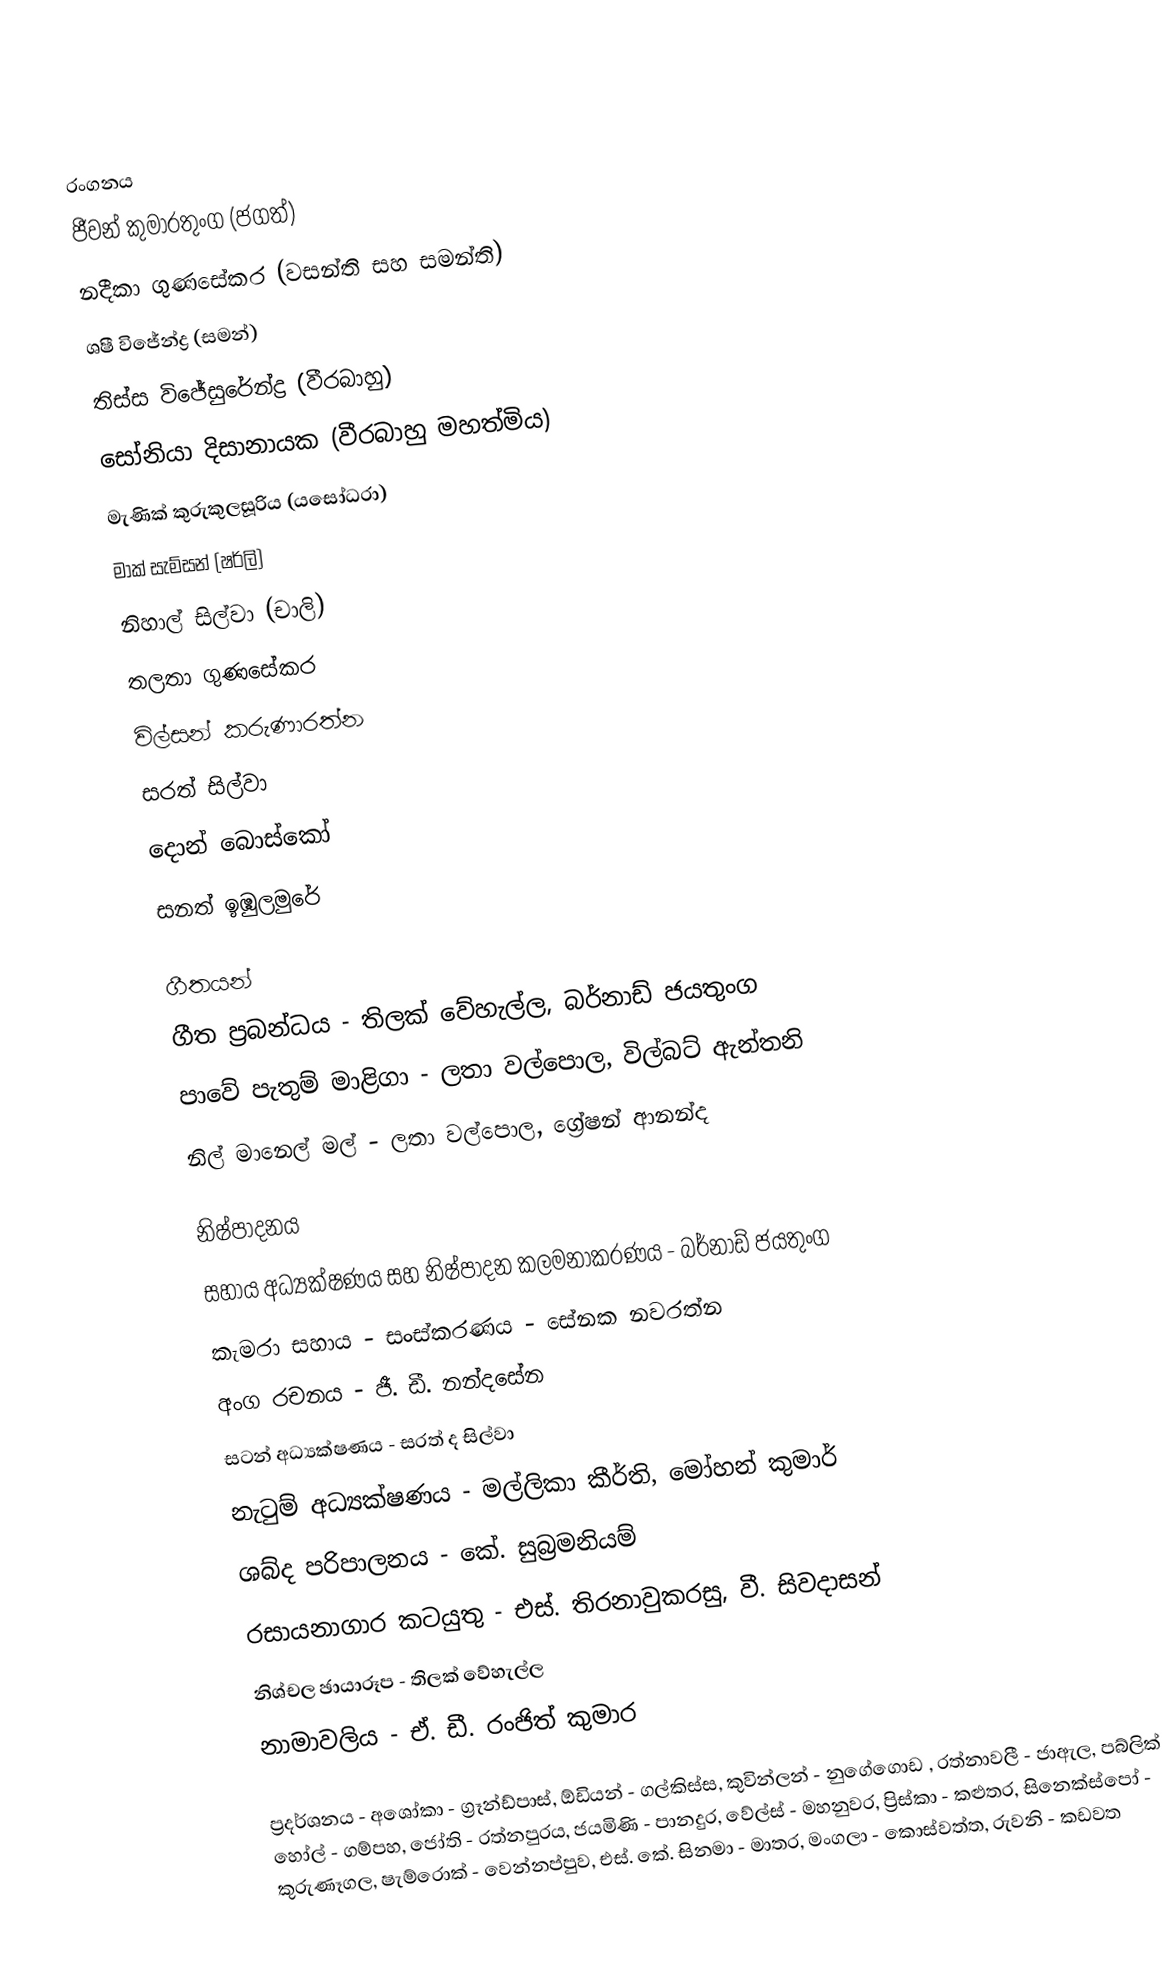

රංගනය
ජීවන් කුමාරතුංග (ජගත්)
නදීකා ගුණසේකර (වසන්ති සහ සමන්ති)
ශෂී විජේන්ද්‍ර (සමන්)
තිස්ස විජේසුරේන්ද්‍ර (වීරබාහු)
සෝනියා දිසානායක (වීරබාහු මහත්මිය)
මැණික් කුරුකුලසූරිය (යසෝධරා)
මාක් සැම්සන් (ෂර්ලි)
නිහාල් සිල්වා (චාලි)
තලතා ගුණසේකර
විල්සන් කරුණාරත්න
සරත් සිල්වා
දොන් බොස්කෝ
සනත් ඉඹුලමුරේ

ගීතයන්
ගීත ප්‍රබන්ධය - තිලක් වේහැල්ල, බර්නාඩ් ජයතුංග
පාවේ පැතුම් මාළිගා - ලතා වල්පොල, විල්බට් ඇන්තනි
නිල් මානෙල් මල් - ලතා වල්පොල, ග්‍රේෂන් ආනන්ද

නිෂ්පාදනය
සහාය අධ්‍යක්ෂණය සහ නිෂ්පාදන කලමනාකරණය - බර්නාඩ් ජයතුංග
කැමරා සහාය - සංස්කරණය - සේනක නවරත්න
අංග රචනය - ජී. ඩී. නන්දසේන
සටන් අධ්‍යක්ෂණය - සරත් ද සිල්වා
නැටුම් අධ්‍යක්ෂණය - මල්ලිකා කීර්ති, මෝහන් කුමාර්
ශබ්ද පරිපාලනය - කේ. සුබ්‍රමනියම්
රසායනාගාර කටයුතු - එස්. තිරනාවුකරසු, වී. සිවදාසන්
නිශ්චල ඡායාරූප - තිලක් වේහැල්ල
නාමාවලිය - ඒ. ඩී. රංජිත් කුමාර

ප්‍රදර්ශනය - අශෝකා - ග්‍රෑන්ඩ්පාස්, ඕඩියන් - ගල්කිස්ස, කුවින්ලන් - නුගේගොඩ , රත්නාවලී - ජාඇල, පබ්ලික් හෝල් - ගම්පහ, ජෝති - රත්නපුරය, ජයමිණි - පානදුර, වේල්ස් - මහනුවර, ප්‍රිස්කා - කළුතර, සිනෙක්ස්පෝ - කුරුණෑගල, ෂැම්රොක් - වෙන්නප්පුව, එස්. කේ. සිනමා - මාතර, මංගලා - කොස්වත්ත, රුවනි - කඩවත